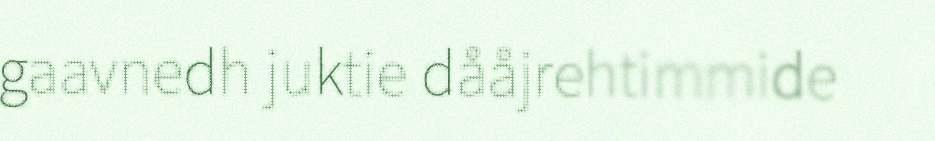
gaavnedh juktie dååjrehtimmide